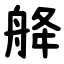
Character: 舽